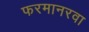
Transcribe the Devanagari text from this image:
फरमानरवा